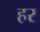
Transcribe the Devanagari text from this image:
हर